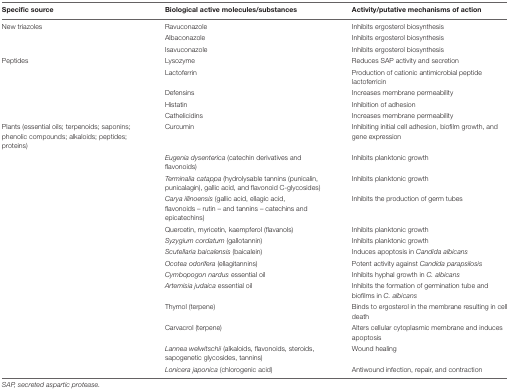
<table><thead><tr><td><b>Specific source</b></td><td><b>Biological active molecules/substances</b></td><td><b>Activity/putative mechanisms of action</b></td></tr></thead><tbody><tr><td>New triazoles</td><td>Ravuconazole</td><td>Inhibits ergosterol biosynthesis</td></tr><tr><td></td><td>Albaconazole</td><td>Inhibits ergosterol biosynthesis</td></tr><tr><td></td><td>Isavuconazole</td><td>Inhibits ergosterol biosynthesis</td></tr><tr><td>Peptides</td><td>Lysozyme</td><td>Reduces SAP activity and secretion</td></tr><tr><td></td><td>Lactoferrin</td><td>Production of cationic antimicrobial peptide lactoferricin</td></tr><tr><td></td><td>Defensins</td><td>Increases membrane permeability</td></tr><tr><td></td><td>Histatin</td><td>Inhibition of adhesion</td></tr><tr><td></td><td>Cathelicidins</td><td>Increases membrane permeability</td></tr><tr><td>Plants (essential oils; terpenoids; saponins; phenolic compounds; alkaloids; peptides; proteins)</td><td>Curcumin</td><td>Inhibiting initial cell adhesion, biofilm growth, and gene expression</td></tr><tr><td></td><td><i>Eugenia dysenterica</i> (catechin derivatives and flavonoids)</td><td>Inhibits planktonic growth</td></tr><tr><td></td><td><i>Terminalia catappa</i> (hydrolysable tannins (punicalin, punicalagin), gallic acid, and flavonoid C-glycosides)</td><td>Inhibits planktonic growth</td></tr><tr><td></td><td><i>Carya illinoensis</i> (gallic acid, ellagic acid, flavonoids – rutin – and tannins – catechins and epicatechins)</td><td>Inhibits the production of germ tubes</td></tr><tr><td></td><td>Quercetin, myricetin, kaempferol (flavanols)</td><td>Inhibits planktonic growth</td></tr><tr><td></td><td><i>Syzygium cordatum</i> (gallotannin)</td><td>Inhibits planktonic growth</td></tr><tr><td></td><td><i>Scutellaria baicalensis</i> (baicalein)</td><td>Induces apoptosis in <i>Candida albicans</i></td></tr><tr><td></td><td><i>Ocotea odorifera</i> (ellagitannins)</td><td>Potent activity against <i>Candida parapsilosis</i></td></tr><tr><td></td><td><i>Cymbopogon nardus</i> essential oil</td><td>Inhibits hyphal growth in <i>C. albicans</i></td></tr><tr><td></td><td><i>Artemisia judaica</i> essential oil</td><td>Inhibits the formation of germination tube and biofilms in <i>C. albicans</i></td></tr><tr><td></td><td>Thymol (terpene)</td><td>Binds to ergosterol in the membrane resulting in cell death</td></tr><tr><td></td><td>Carvacrol (terpene)</td><td>Alters cellular cytoplasmic membrane and induces apoptosis</td></tr><tr><td></td><td><i>Lannea welwitschii</i> (alkaloids, flavonoids, steroids, sapogenetic glycosides, tannins)</td><td>Wound healing</td></tr><tr><td></td><td><i>Lonicera japonica</i> (chlorogenic acid)</td><td>Antiwound infection, repair, and contraction</td></tr></tbody></table>